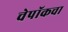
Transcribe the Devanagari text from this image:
चेपॉकचा